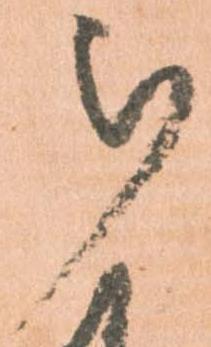
被